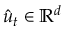
\hat { u } _ { t } \in \mathbb { R } ^ { d }